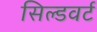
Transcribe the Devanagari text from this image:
सिल्डवर्ट